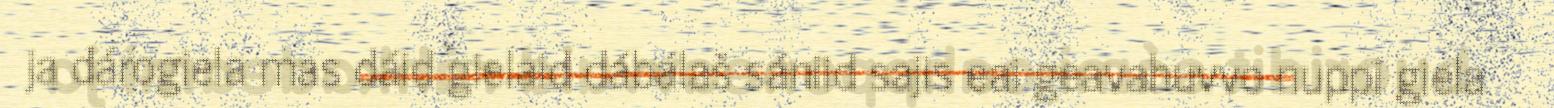
ja dárogiela mas dáid gielaid dábálaš sániid sajis eai geavahuvvo nuppi giela